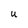
Character: u